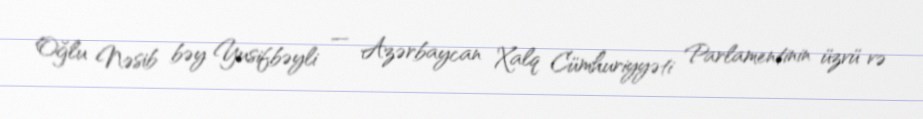
Oğlu Nəsib bəy Yusifbəyli — Azərbaycan Xalq Cümhuriyyəti Parlamentinin üzvü və